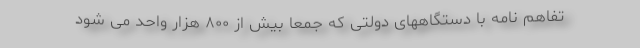
تفاهم نامه با دستگاههای دولتی که جمعا بیش از ۸۰۰ هزار واحد می شود